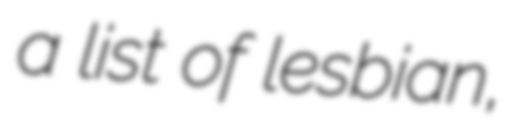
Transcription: a list of lesbian,